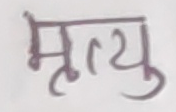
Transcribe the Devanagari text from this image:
मृत्यु